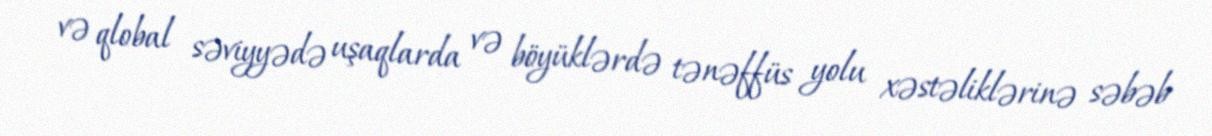
və qlobal səviyyədə uşaqlarda və böyüklərdə tənəffüs yolu xəstəliklərinə səbəb